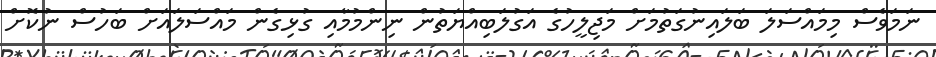
ނަމަވެސް މިމައްސަލަ ބަލައިނުގަތުމަށް މަޖިލީހުގެ އަގުލަބިއްޔަތުން ނިންމުމާއި ގުޅިގެން މައްސަލައަށް ބަހުސް ނުކޮށް